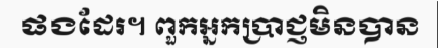
ផងដែរ។ ពួកអ្នកប្រាជ្ញមិនបាន